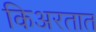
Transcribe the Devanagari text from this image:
किअरतात